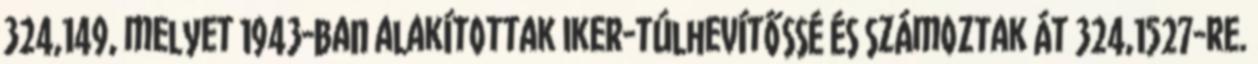
324,149, melyet 1943-ban alakítottak iker-túlhevítőssé és számoztak át 324,1527-re.